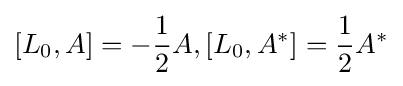
[L_{0},A]=-{1 \over 2}A,[L_{0},A^{*}]={1 \over 2}A^{*}